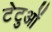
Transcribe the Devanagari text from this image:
टेटुओं